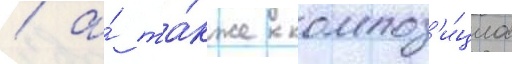
/ а́ та́кже композ'и́циа